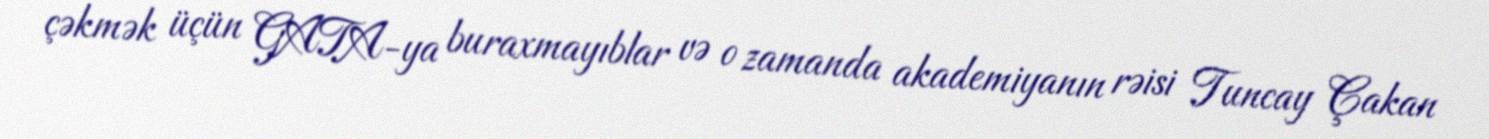
çəkmək üçün GATA-ya buraxmayıblar və o zamanda akademiyanın rəisi Tuncay Çakan